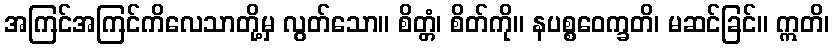
အကြင်အကြင်ကိလေသာတို့မှ လွတ်သော။ စိတ္တံ၊ စိတ်ကို။ နပစ္စဝေက္ခတိ၊ မဆင်ခြင်။ ဣတိ၊